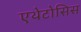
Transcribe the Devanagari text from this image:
एथेटोसिस